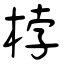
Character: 桲